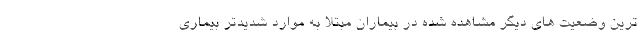
ترین وضعیت های دیگر مشاهده شده در بیماران مبتلا به موارد شدیدتر بیماری